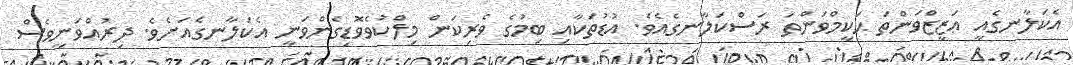
އެކަލާނގެއީ ޢަޒީޒްވަންތަ ޙަކީމްވަންތަ ރަސްކަލާނގެއެވެ. އުޑުތަކާއި ބިމުގެ ވެރިކަން މިލްކުވެވޮޑިގެންވަނީ އެކަލާނގެއަށެވެ. ދިރުއްވަނީވެސް